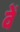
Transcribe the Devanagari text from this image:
वेँ